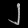
Digit: ၂